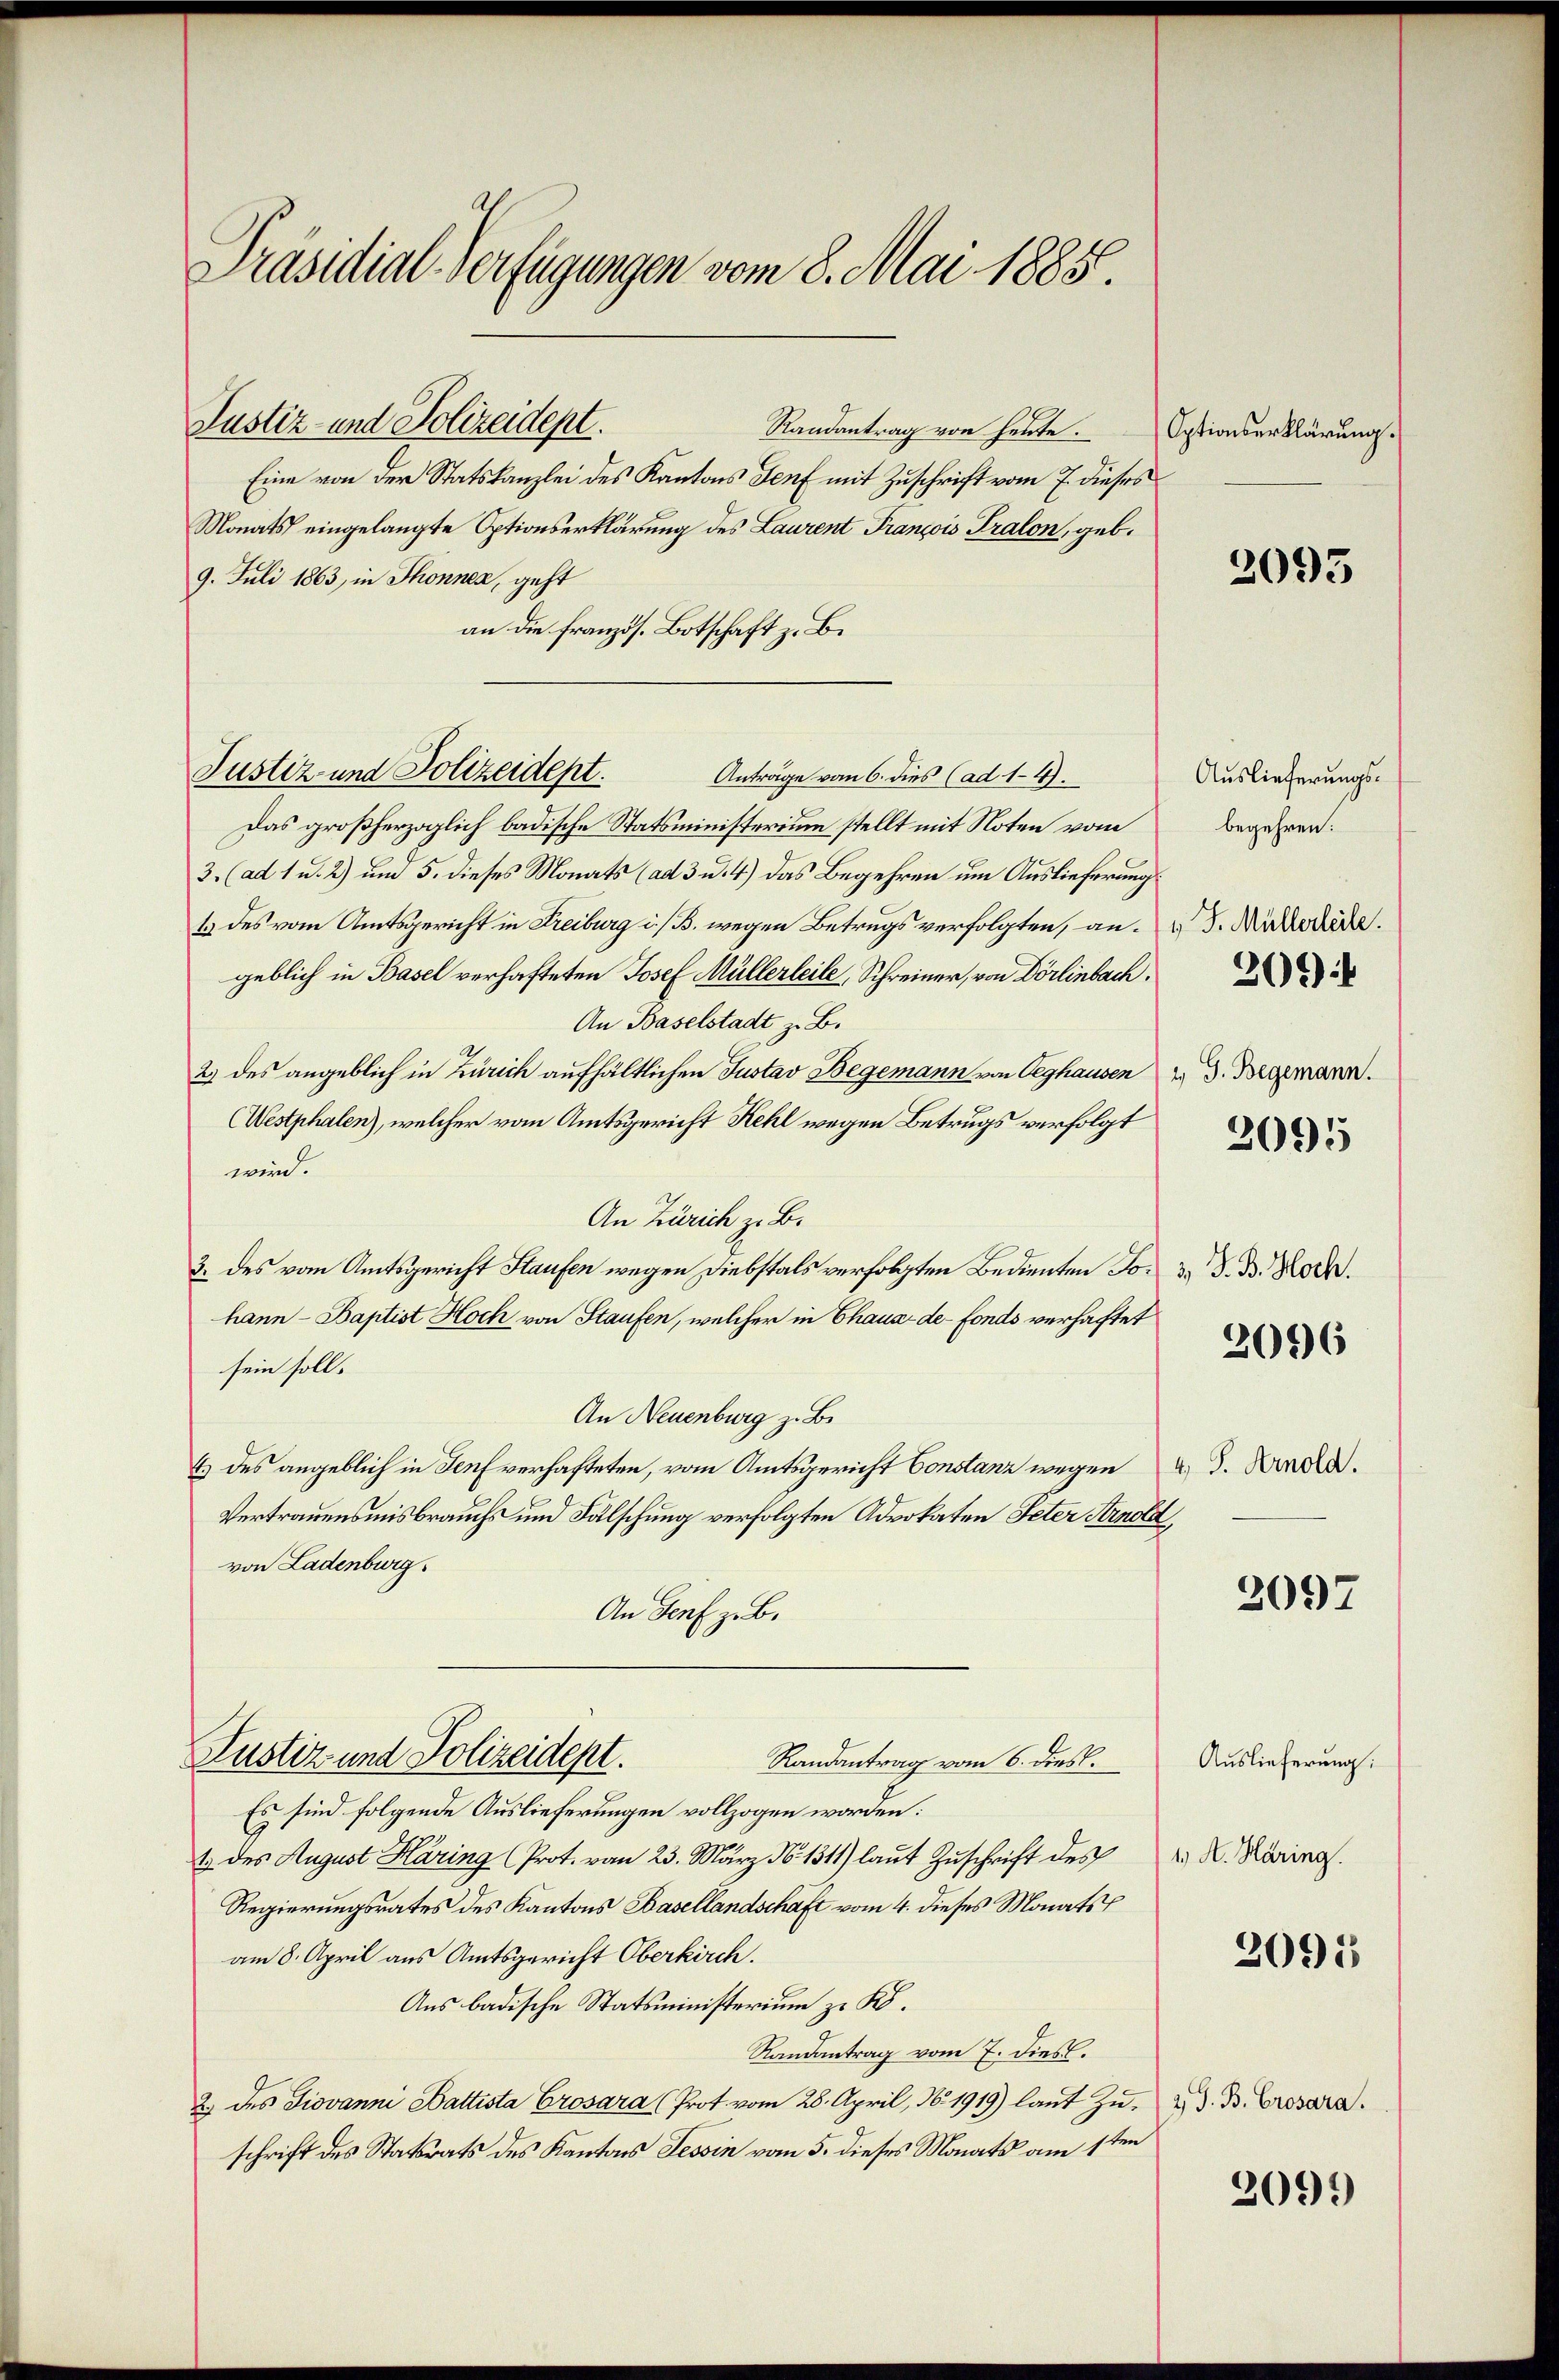
Präsidial-Verfügungen vom 8. Mai 1885.

Justiz- und Polizeidept.

Randantrag von heute.
Eine von der Statskanzlei des Kantons Genf mit Zuschrift vom 7. dieses
Monats eingelangte Optionserklärung des Laurent François Tralon, geb¬
9. Juli 1863, in Thonnen, geht
an die französ. Botschaft z. B.
Justiz und Polizeidept.
Das großherzoglich badische Statsministerium stellt mit Noten vom
3. (ad 1 u. 2) um 5. dieses Monats (ad 3 u. 4.) Das Begehren um Auslieferung
1 des vom Amtsgericht in Freiburg i./B. wegen Betrugs verfolgten, angeblich in Basel verhafteten Josef Müllerleile, Schreiner, von Dörlinbach.
An Baselstadt z. B.
2) des angeblich in Zürich aufhältlichen Justav Begemann von Oeghausen
(Westphalen), welcher vom Amtsgericht Kehl wegen Betrugs verfolgt
wird.
An Zürich z. B.
3. des vom Amtsgericht Staufen wegen Diebstals verfolgten Bedienten Johann - Baptist Hoch von Staufen, welcher in Chaux-de-Fonds verhaftet
sein soll.
An Neuenburg z. B.
E) des angeblich in Genf verhafteten, vom Amtsgericht Constanz wegen
Vertrauensmisbrauchs und Fälschung verfolgten Advokaten Peter Arnola
von Ladenburg.
An Genf z. B.
Justiz und Polizeidept.
Randantrag vom 6. dies.
Es sind folgende Auslieferungen vollzogen worden:
1 des August Häring (Prot. von 23. März No. 1311) laut Zuschrift des
Regierungsrates des Kantons Basellandschaft vom 4. dieses Monats
am 8. April aus Amtsgericht Oberkirch.
Aus badische Statsministerium zu K.
Randantrag vom 7. dies.
2. des Giovanni Gattista Crosara (Prot vom 28. April, No. 1919) laut zu, d. B. Crosara.
schrift des Statsrats des Kantons Tessin vom 5. dieses Monats am 1ten

Anträge vom 6. dies (ad 14.

Optionserklärung.

2095

Auslieferungsbegehren.
v. J. Müllerleite.
206)
2 J. Begemann.

2095

3, S. B. Hoch.

2096

4) S. Arnold.
l

2097

Auslieferung.
1. A. Häring.

2095

2091